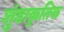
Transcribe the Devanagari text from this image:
शुंडाकृतिक